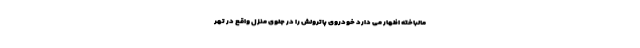
مالباخته اظهار می دارد خودروی پاترولش را در جلوی منزل واقع در تهر